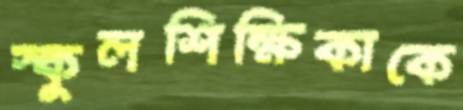
স্কুলশিক্ষিকাকে